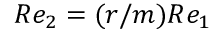
R e _ { 2 } = ( r / m ) R e _ { 1 }